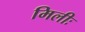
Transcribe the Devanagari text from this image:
मिलीः